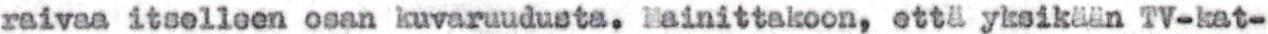
raivaa itselleen osan kuvaruudusta. Mainittakoon, että yksikään TV-kat-